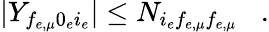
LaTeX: |Y_{f_{e,\mu}0_{e}i_{e}}|\leq N_{i_{e}f_{e,\mu}f_{e,\mu}}\; \; \; .